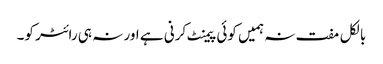
بالکل مفت نہ ہمیں کوئی پیمنٹ کرنی ہے اور نہ ہی رائٹر کو۔